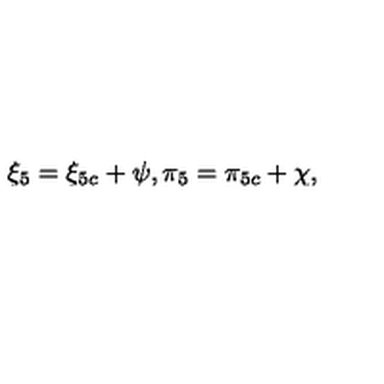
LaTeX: { \xi } _ { 5 } = { \xi } _ { 5 c } + \psi , { \pi } _ { 5 } = { \pi } _ { 5 c } + \chi ,